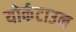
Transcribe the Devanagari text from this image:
योर्कटाउन